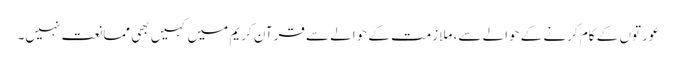
عورتوں کے کام کرنے کے حوالے سے، ملازمت کے حوالے سے قرآن کریم میں کہیں بھی ممانعت نہیں۔